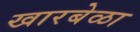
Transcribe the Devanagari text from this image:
खारबेळा